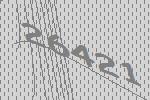
26421